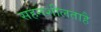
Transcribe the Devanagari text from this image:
सहनशीलताहै